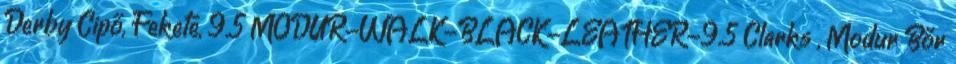
Derby Cipő, Fekete, 9.5 MODUR-WALK-BLACK-LEATHER-9.5 Clarks , Modur Bőr